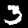
Label: 3